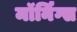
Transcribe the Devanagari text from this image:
मॉर्निंग्स